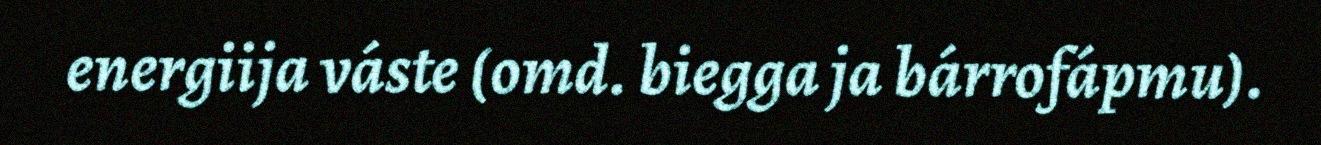
energiija váste (omd. biegga ja bárrofápmu).